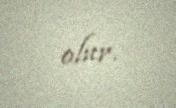
olur.